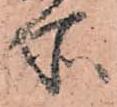
所